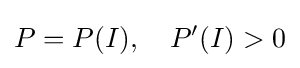
P=P(I),\quad P'(I)>0